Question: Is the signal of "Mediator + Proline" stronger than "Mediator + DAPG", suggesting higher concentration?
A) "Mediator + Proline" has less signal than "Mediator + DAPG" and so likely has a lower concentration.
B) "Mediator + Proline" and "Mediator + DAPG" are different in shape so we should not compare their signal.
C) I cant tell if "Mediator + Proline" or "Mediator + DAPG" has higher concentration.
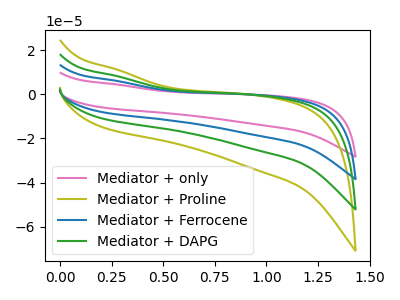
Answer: <think>The pink curve "Mediator + only" has no peaks. The olive curve "Mediator + Proline" has no peaks. The blue curve "Mediator + Ferrocene" has no peaks. The green curve "Mediator + DAPG" has no peaks.
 Neither "Mediator + Proline" or "Mediator + DAPG" have any peaks.</think>
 <answer>C) I cant tell if "Mediator + Proline" or "Mediator + DAPG" has higher concentration.</answer>
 <eval>C</eval>